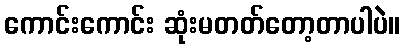
ကောင်းကောင်း ဆုံးမတတ်တော့တာပါပဲ။